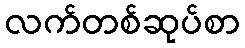
လက်တစ်ဆုပ်စာ